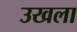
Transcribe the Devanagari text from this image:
उखला